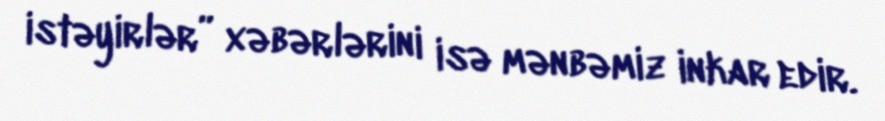
istəyirlər” xəbərlərini isə mənbəmiz inkar edir.